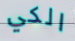
الكي